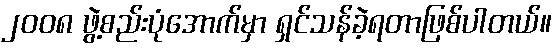
၂၀၀၈ ဖွဲ့စည်းပုံအောက်မှာ ရှင်သန်ခဲ့ရတာဖြစ်ပါတယ်။